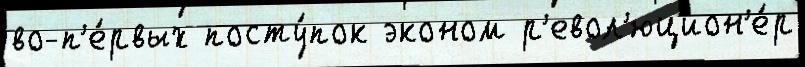
во-п'е́рвых посту́пок эконом р'евол'юцион'е́р